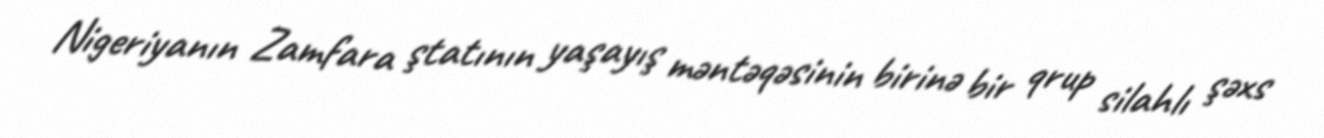
Nigeriyanın Zamfara ştatının yaşayış məntəqəsinin birinə bir qrup silahlı şəxs